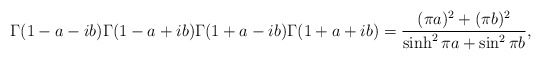
\begin{align*}\Gamma(1-a-ib)\Gamma(1-a+ib)\Gamma(1+a-ib)\Gamma(1+a+ib)=\frac{(\pi a)^2+(\pi b)^2}{\sinh^2\pi a +\sin^2\pi b},\end{align*}